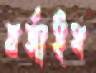
বর্জাইস